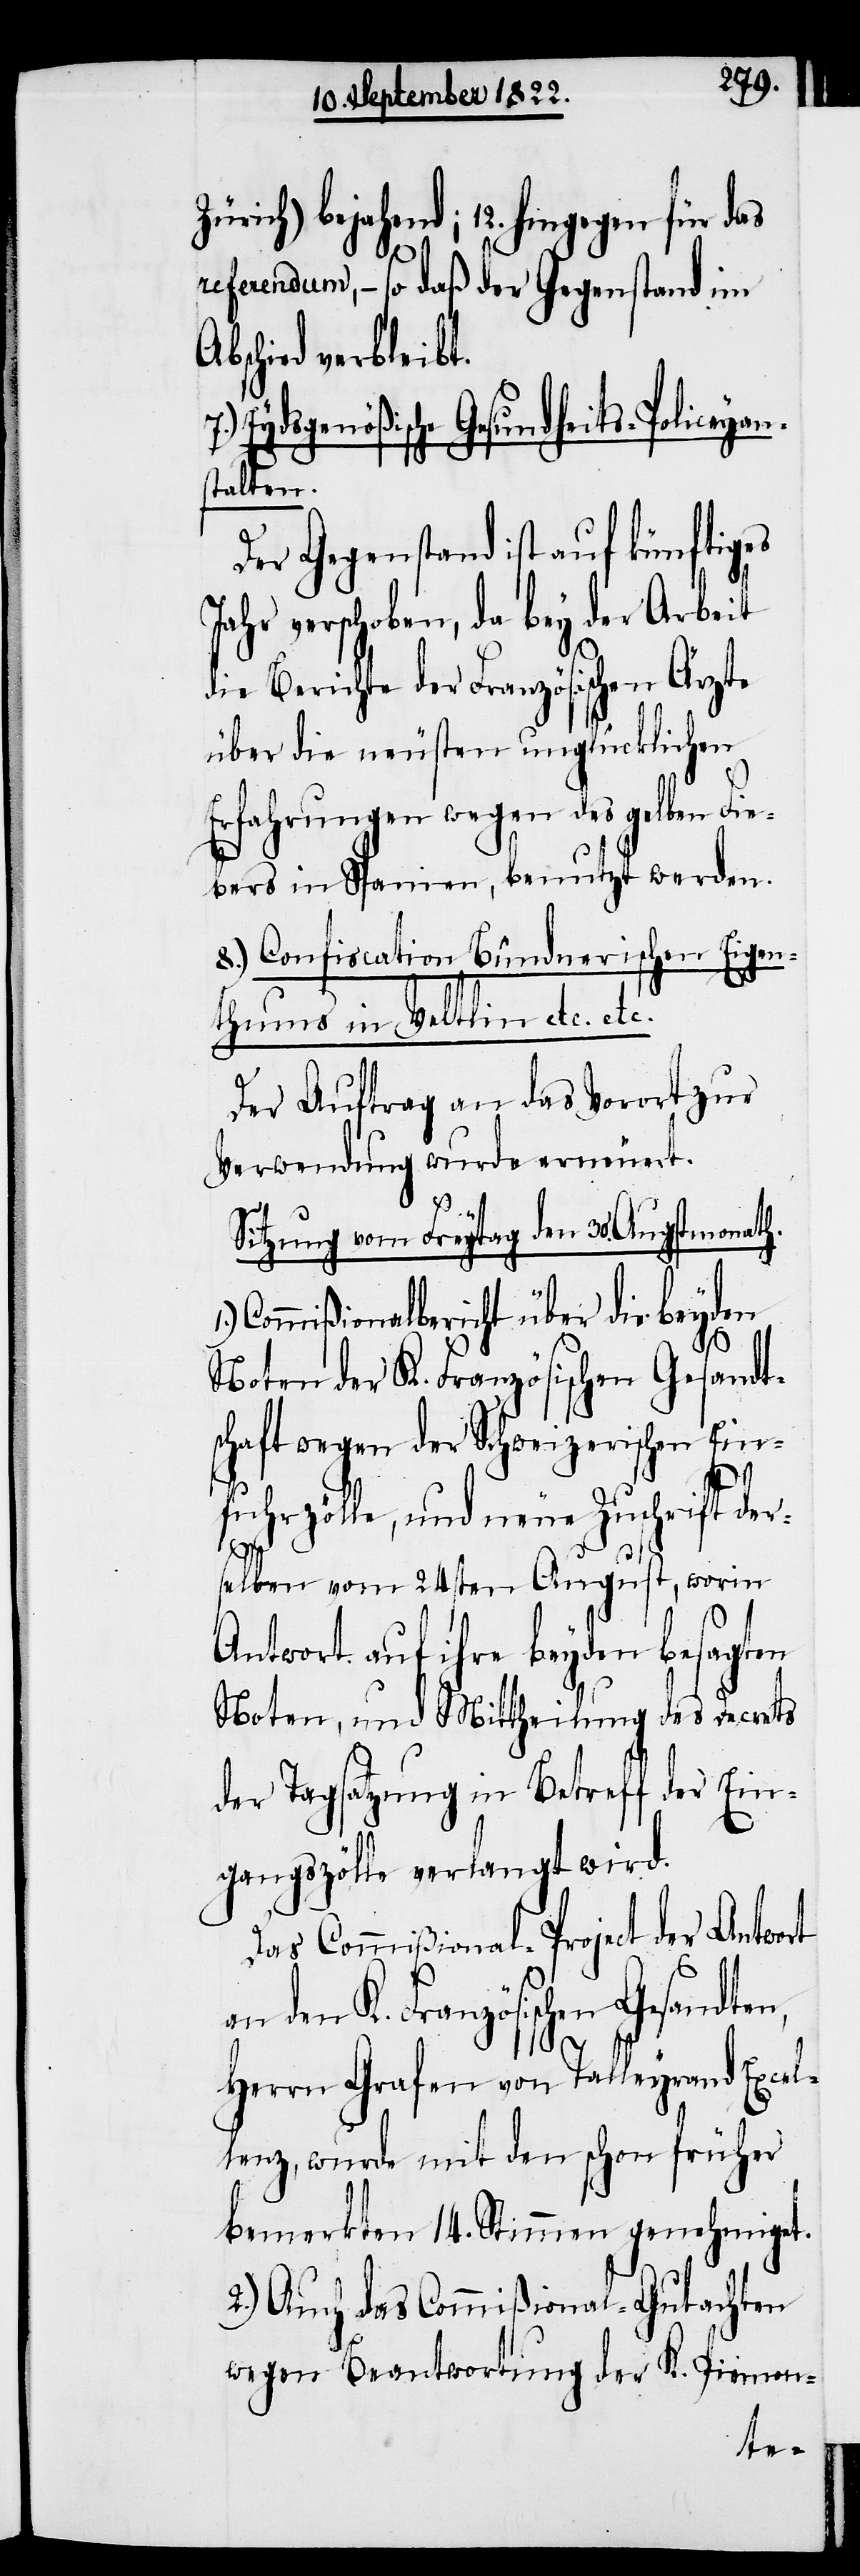
Zürich) bejahend; 12. hingegen für
n,
referendum, – so daß der Gegenstand im
bschied verbleibt.
Eydsgenößische Gesundheits-Policeysa¬
stalten.
Der Gegenstand ist auf künftiges
Jahr verschoben, da bey der Arbeit
die Berichte der Französischen Ärzte
über die neuesten unglücklichen
Erfahrungen wegen des gelben Fi¬
ebers in Spanien, benutzt werden.
8.) Confiscation Bündnerischen Eigen¬
thums in Veltin etc.
Der Auftrag an das Vorort zur
Verwendung wurde erneuert.
Sitzung vom Freytag den 30. Augstmonath.
Commißionalbericht über die beyden
an den K. Französischen Gesandte¬
schaft wegen der Schweizerischen Ein¬
fuhrzölle, und neue Zuschrift der¬
1.)
selben vom 24sten August, worin
Antwort auf ihre beyden besagten
Noten, und Mittheilung des Decrets
der Tagsatzung in Betreff der Ein¬
gangszölle verlangt wird.
Das Commißional-Project der Antwort
Herrn Grafen von Talleyrand Excel¬
lenz, wurde mit den schon früher
bemerkten 14. Stimmen genehmiget.
2.) Auch das Commißional-Gutachten
wegen Beantwortung der K. Piemon-